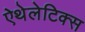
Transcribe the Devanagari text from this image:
ऐथेलेटिक्स